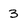
Character: 3